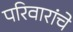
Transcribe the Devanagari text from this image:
परिवारांचे